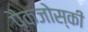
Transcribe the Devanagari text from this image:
पैकजोस्की